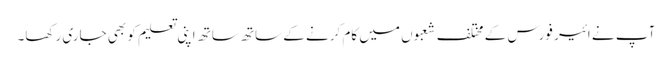
آپ نے ائیر فورس کے مختلف شعبوں میں کام کرنے کے ساتھ ساتھ اپنی تعلیم کو بھی جاری رکھا۔